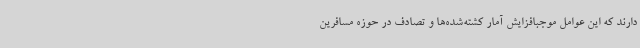
دارند که این عوامل موجبافزایش آمار کشته‌شده‌ها و تصادف در حوزه مسافرین